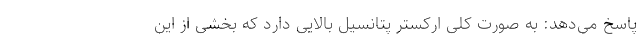
پاسخ می‌دهد: به صورت کلی ارکستر پتانسیل بالایی دارد که بخشی از این